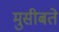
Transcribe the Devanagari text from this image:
मुसीबते